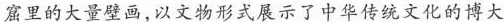
窟里的大量壁画，以文物形式展示了中华传统文化的博大